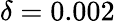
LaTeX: \delta=0.002